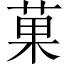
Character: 菓